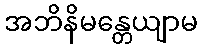
အဘိနိမန္တေယျာမ